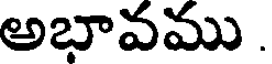
అభావము.